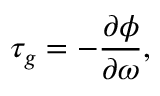
\centering \tau _ { g } = - \frac { \partial { \phi } } { \partial { \omega } } ,